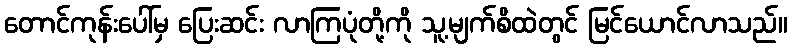
တောင်ကုန်းပေါ်မှ ပြေးဆင်း လာကြပုံတို့ကို သူ့မျက်စိထဲတွင် မြင်ယောင်လာသည်။